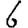
Digit: 6